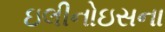
ઇલીનોઇસના